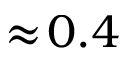
\approx \! 0 . 4